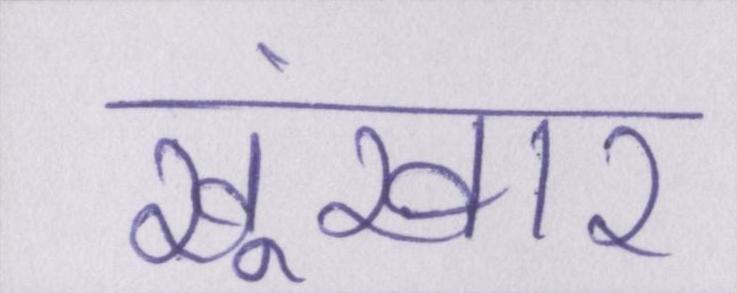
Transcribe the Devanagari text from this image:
खूंखार